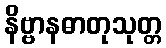
နိဗ္ဗာနဓာတုသုတ္တ